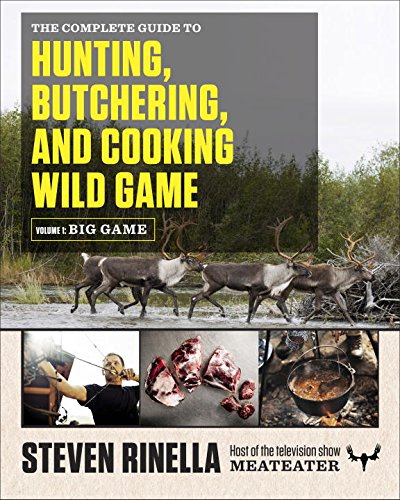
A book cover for The Complete Guide to Hunting, Butchering, and Cooking Wild Game: Volume 1: Big Game; Steven Rinella; Cookbooks, Food & Wine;